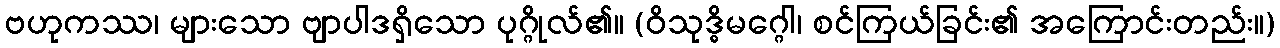
ဗဟုကဿ၊ များသော ဗျာပါဒရှိသော ပုဂ္ဂိုလ်၏။ (ဝိသုဒ္ဓိမဂ္ဂေါ၊ စင်ကြယ်ခြင်း၏ အကြောင်းတည်း။)